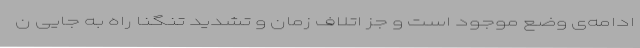
ادامه‌ی وضع موجود است و جز اتلاف زمان و تشدید تنگنا راه به جایی ن